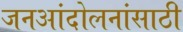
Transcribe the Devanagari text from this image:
जनआंदोलनांसाठी